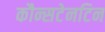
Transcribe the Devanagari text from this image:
कौन्सटेनटिन